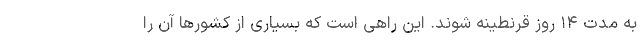
به مدت ۱۴ روز قرنطینه شوند. این راهی است که بسیاری از کشورها آن را